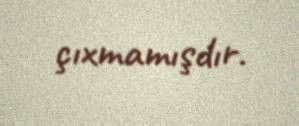
çıxmamışdır.